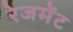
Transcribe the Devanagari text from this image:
रेजमेंट